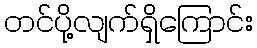
တင်ပို့လျက်ရှိကြောင်း